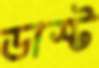
ডাস্ট